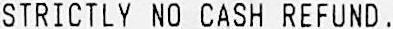
STRICTLY NO CASH REFUND.